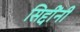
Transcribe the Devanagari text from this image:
सिद्दींनी